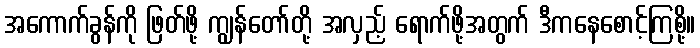
အကောက်ခွန်ကို ဖြတ်ဖို့ ကျွန်တော်တို့ အလှည့် ရောက်ဖို့အတွက် ဒီကနေစောင့်ကြစို့။